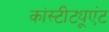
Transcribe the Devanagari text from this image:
कांस्टीट्यूएंट